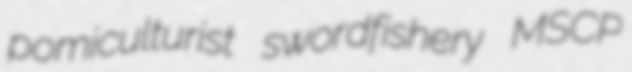
pomiculturist swordfishery MSCP